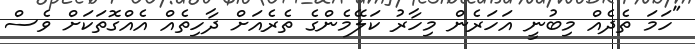
"ހަމަ ތެދެއް މިބުނީ އަހަރެން މިހާރު ކަލޭމެންގެ ތެރެއަށް ދާހިތެއް އެއްގޮތަކަށް ވެސް